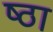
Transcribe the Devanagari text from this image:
ष्ठा